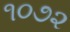
૧૦૭૨